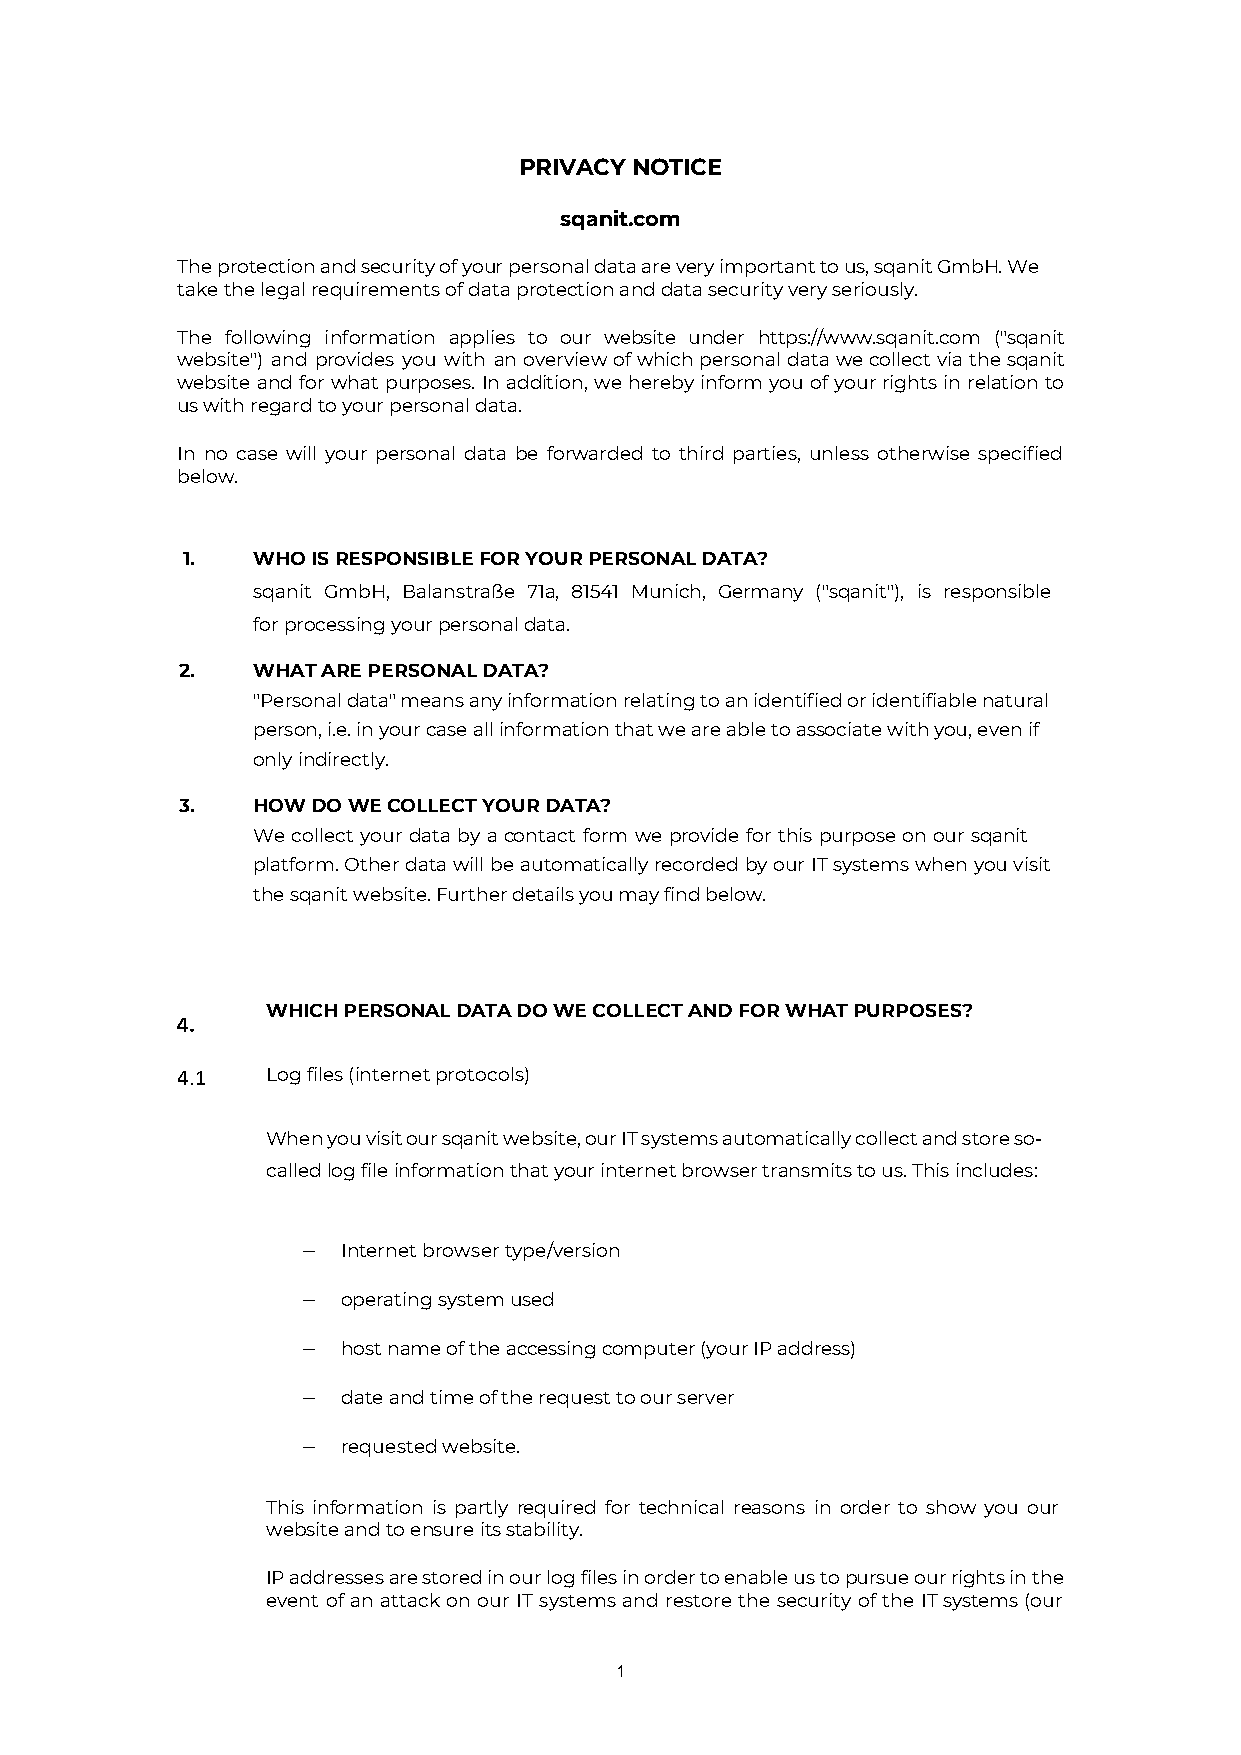
PRIVACY NOTICE
 sqanit.com
 The protection and security of your personal data are very important to us, sqanit GmbH. We
 take the legal requirements of data protection and data security very seriously.
 The following information applies to our website under https://www.sqanit.com ("sqanit
 website") and provides you with an overview of which personal data we collect via the sqanit
 website and for what purposes. In addition, we hereby inform you of your rights in relation to
 us with regard to your personal data.
 In no case will your personal data be forwarded to third parties, unless otherwise specified
 below.
 1.   WHO IS RESPONSIBLE FOR YOUR PERSONAL DATA?
 sqanit GmbH, Balanstraße 71a, 81541 Munich, Germany ("sqanit"), is responsible
 for processing your personal data.
 2.   WHAT ARE PERSONAL DATA?
 "Personal data" means any information relating to an identified or identifiable natural
 person, i.e. in your case all information that we are able to associate with you, even if
 only indirectly.
 3.   HOW DO WE COLLECT YOUR DATA?
 We collect your data by a contact form we provide for this purpose on our sqanit
 platform. Other data will be automatically recorded by our IT systems when you visit
 the sqanit website. Further details you may find below.
 WHICH PERSONAL DATA DO WE COLLECT AND FOR WHAT PURPOSES?
 4.
 4.1   Log files (internet protocols)
 When you visit our sqanit website, our IT systems automatically collect and store so-
 called log file information that your internet browser transmits to us. This includes:
 −  Internet browser type/version
 −  operating system used
 −  host name of the accessing computer (your IP address)
 −  date and time of the request to our server
 −  requested website.
 This information is partly required for technical reasons in order to show you our
 website and to ensure its stability.
 IP addresses are stored in our log files in order to enable us to pursue our rights in the
 event of an attack on our IT systems and restore the security of the IT systems (our
 1